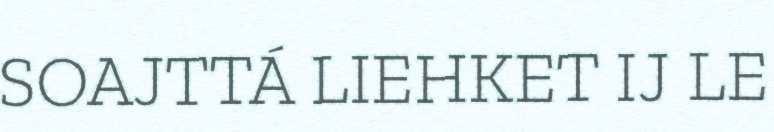
SOAJTTÁ LIEHKET IJ LE